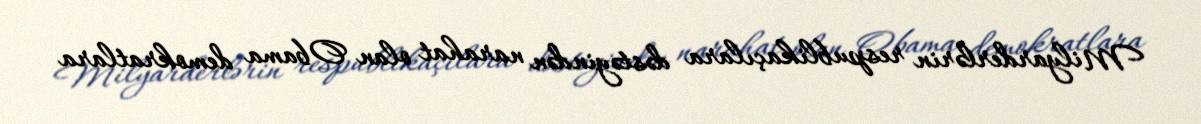
Milyarderlərin respublikaçılara dəstəyindən narahat olan Obama demokratlara